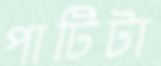
পাটিটা